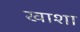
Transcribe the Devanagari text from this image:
खाशा